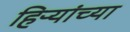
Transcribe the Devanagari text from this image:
हिऱ्यांच्या